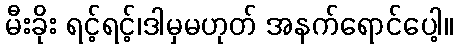
မီးခိုး ရင့်ရင့်၊ဒါမှမဟုတ် အနက်ရောင်ပေါ့။